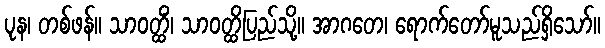
ပုန၊ တစ်ဖန်။ သာဝတ္ထိံ၊ သာဝတ္ထိပြည်သို့။ အာဂတေ၊ ရောက်တော်မူသည်ရှိသော်။